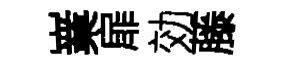
嶪扉効藤